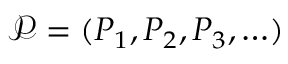
\mathcal { P } = ( P _ { 1 } , P _ { 2 } , P _ { 3 } , \ldots )